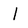
Character: I